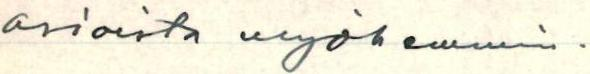
asioista myöhemmin